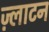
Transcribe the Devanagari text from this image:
ज़्लाटन